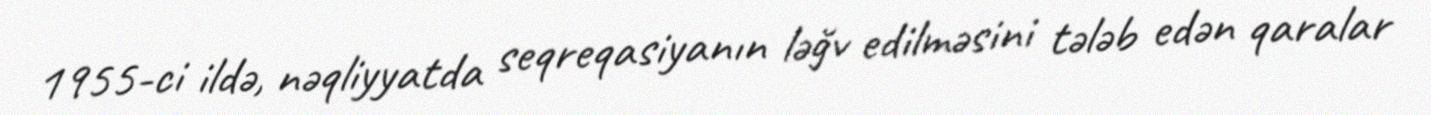
1955-ci ildə, nəqliyyatda seqreqasiyanın ləğv edilməsini tələb edən qaralar